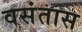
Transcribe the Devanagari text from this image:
वसंतास